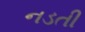
નડતી